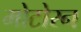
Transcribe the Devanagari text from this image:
मोटोरन